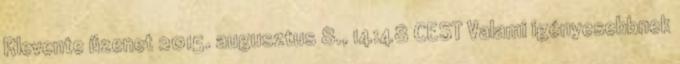
Rlevente üzenet 2015. augusztus 8., 14:48 CEST Valami igényesebbnek